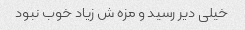
خیلی دیر رسید و مزه ش زیاد خوب نبود